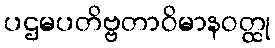
ပဌမပတိဗ္ဗတာဝိမာနဝတ္ထု